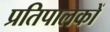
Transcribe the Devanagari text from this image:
प्रतिपालकों